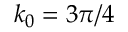
k _ { 0 } = 3 \pi / 4